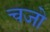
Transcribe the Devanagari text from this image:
चजो